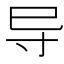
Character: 导